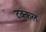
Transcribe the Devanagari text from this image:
टक्कल